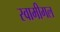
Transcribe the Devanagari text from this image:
स्वामीगल